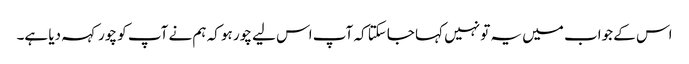
اس کے جواب میں یہ تو نہیں کہا جاسکتا کہ آپ اس لیے چور ہو کہ ہم نے آپ کو چور کہہ دیا ہے۔